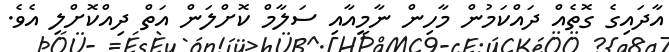
އާދައިގެ ގޮތެއް ދައްކަމުން މާހިން ނާމީއާއި ސަލާމް ކޮށްލަން އަތް ދިއްކޮށްލި އެވެ.